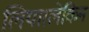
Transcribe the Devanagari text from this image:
लिया।लेकिन